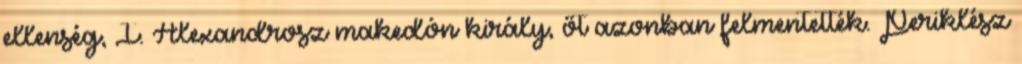
ellenség, I. Alexandrosz makedón király, őt azonban felmentették. Periklész